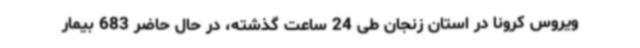
ویروس کرونا در استان زنجان طی 24 ساعت گذشته، در حال حاضر 683 بیمار